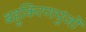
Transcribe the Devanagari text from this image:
बहुकिरणपुंजों